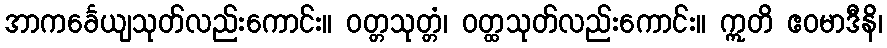
အာကင်္ခေယျသုတ်လည်းကောင်း။ ဝတ္တသုတ္တံ၊ ဝတ္ထသုတ်လည်းကောင်း။ ဣတိ ဧဝမာဒီနိ၊